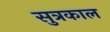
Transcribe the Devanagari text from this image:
सुत्रकाल